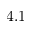
4 . 1